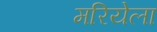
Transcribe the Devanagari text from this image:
मरियेला